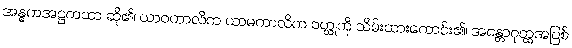
အန္ဓကအဋ္ဌကထာ ဆို၏၊ ယာဝကာလိက ယာမကာလိက ဝတ္ထုကို သိမ်းထားကောင်း၏၊ အန္တောဝုတ္ထအပြစ်